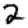
Digit: 2